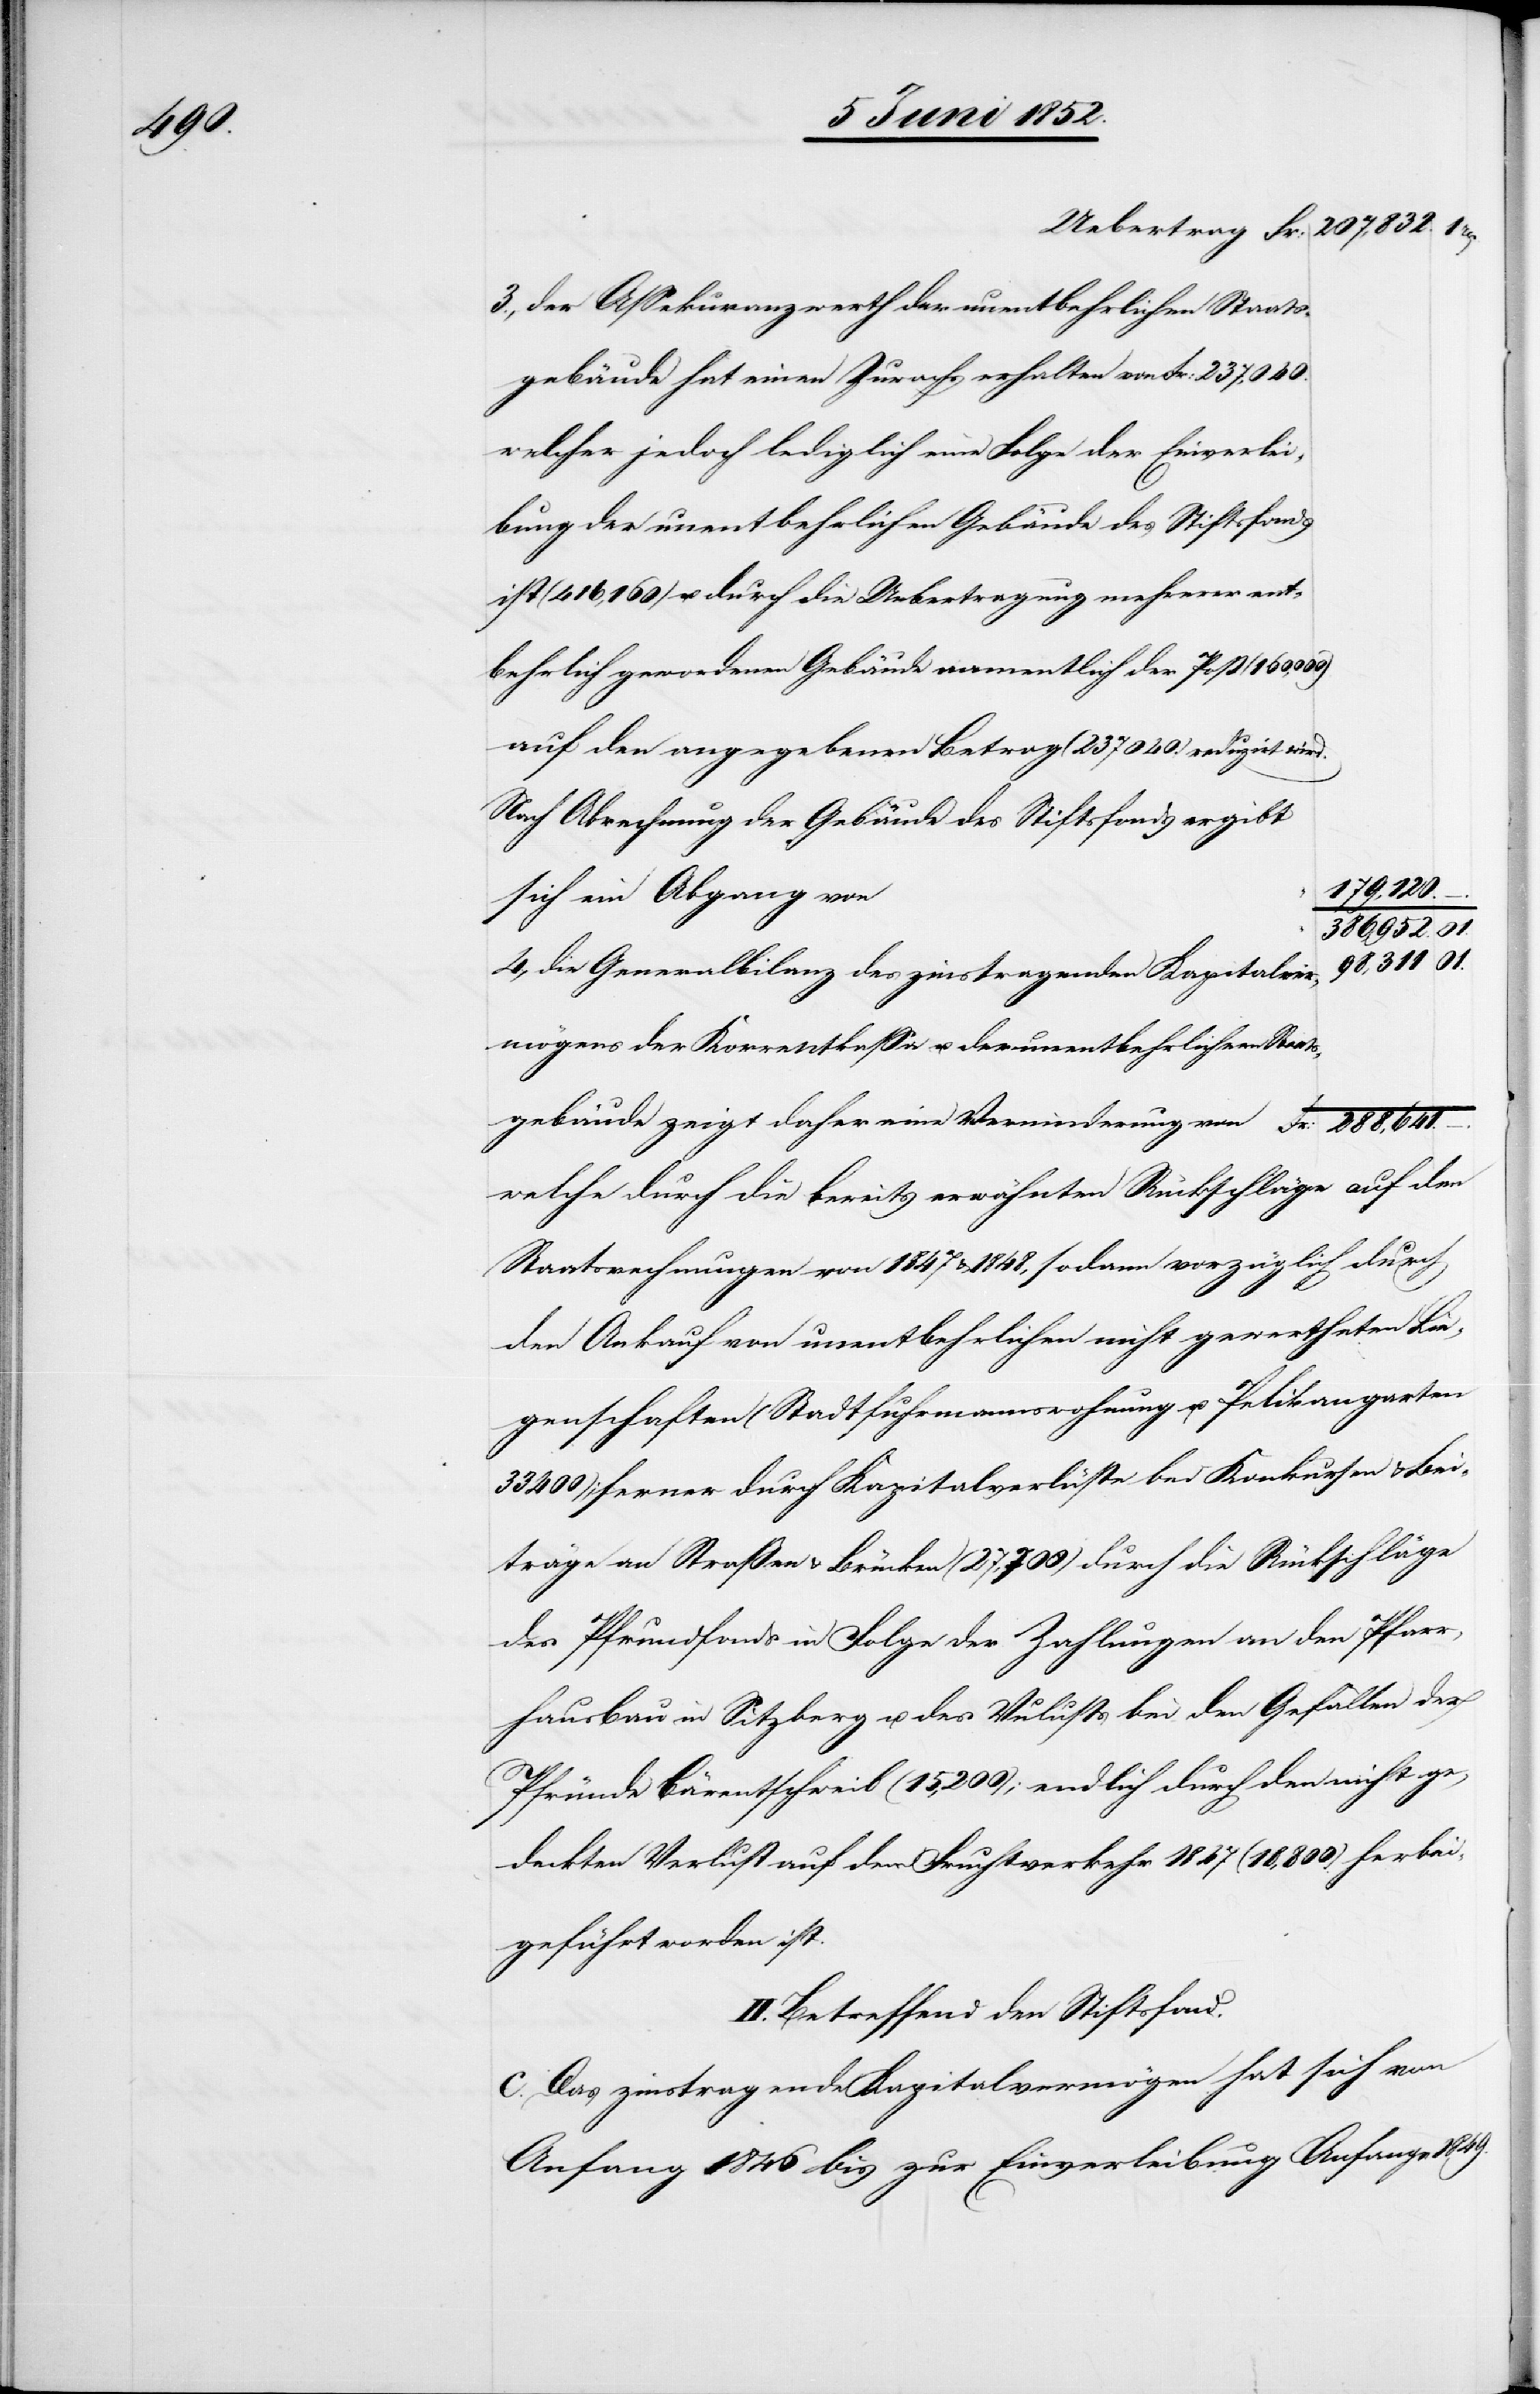
1849.

3., der Assekuranzwerth der unentbehrlichen Staats¬
gebäude hat einen Zuwachs erhalten von Fr: 237,040.
welcher jedoch lediglich eine Folge der Einverlei¬
bung der unentbehrlichen Gebäude des Stiftsfonds
ist (416,160) u. durch die Uebertragung mehrerer ent¬
behrlich gewordenen Gebäude namentlich der Post (160,000)
auf den angegebenen Betrag (237 040.) reduzirt wird.
Nach Abrechnung der Gebäude des Stiftsfonds ergibt
Staats¬
sich ein Abgang von
386,952.
98,311
4., die Generalbilanz des zinstragenden Kapitalver¬
mögens der Korrentkassa u. der unentbehrlichen
gebäude zeigt daher eine Verminderung von
welche durch die bereits erwähnten Rückschläge auf den
Staatsrechnungen von 1847 & 1848, sodann vorzüglich durch
den Ankauf von unentbehrlichen nicht gewertheten Lie¬
genschaften (Stadtfuhrmannswohnung u. Pelikangarten
33 400); ferner durch Kapitalverlüste bei Konkursen & Bei¬
träge an Straßen & Brücken (27,700) durch die Rückschläge
des Pfrundfonds in Folge der Zahlungen an den Pfarr¬
hausbau in Sitzberg u. das Vulusts [recte: Verlusts] bei
Pfründe Bärentschweil (15,200); endlich durch den nicht ge¬
deckten Verlust auf den Fruchtverkehr 1847 (18,800) herbei¬
geführt worden ist.
II. Betreffend den Stiftsfond.
c. Das zinstragende Kapitalvermögen hat sich von